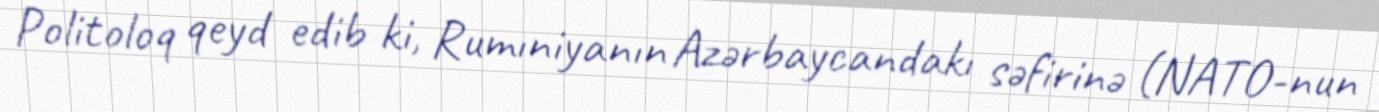
Politoloq qeyd edib ki, Rumıniyanın Azərbaycandakı səfirinə (NATO-nun